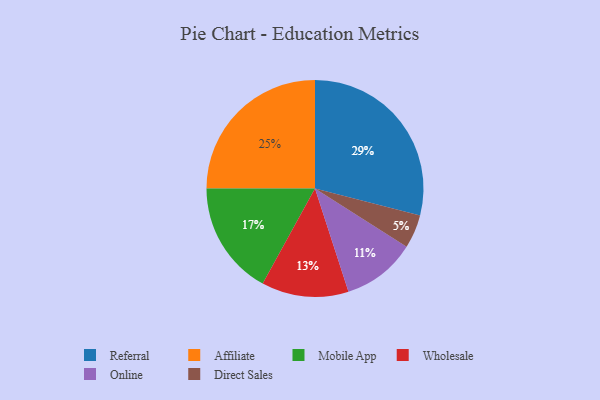
{"axis": {"x": "Category", "y": "Percentage"}, "legend": ["Affiliate", "Direct Sales", "Mobile App", "Online", "Referral", "Wholesale"], "data": [{"x": "Affiliate", "y": 25, "type": "Affiliate"}, {"x": "Direct Sales", "y": 5, "type": "Direct Sales"}, {"x": "Referral", "y": 29, "type": "Referral"}, {"x": "Online", "y": 11, "type": "Online"}, {"x": "Wholesale", "y": 13, "type": "Wholesale"}, {"x": "Mobile App", "y": 17, "type": "Mobile App"}]}